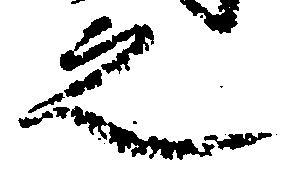
之